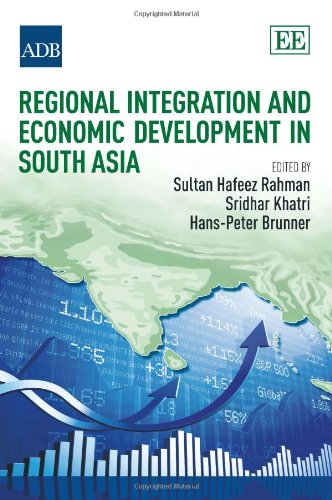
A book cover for Regional Integration and Economic Development in South Asia; Sultan Hafeez Rahman; Politics & Social Sciences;